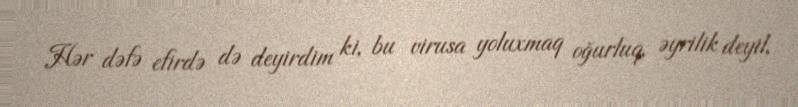
Hər dəfə efirdə də deyirdim ki, bu virusa yoluxmaq oğurluq, əyrilik deyil,